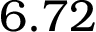
6 . 7 2